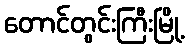
တောင်တွင်းကြီးမြို့